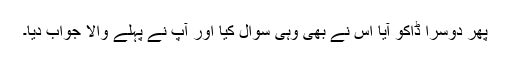
پھر دوسرا ڈاکو آیا اس نے بھی وہی سوال کیا اور آپ نے پہلے والا جواب دیا۔